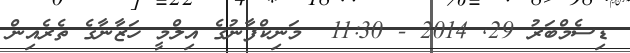
ޑިސެމްބަރު 29